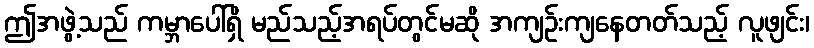
ဤအဖွဲ့သည် ကမ္ဘာပေါ်ရှိ မည်သည့်အရပ်တွင်မဆို အကျဉ်းကျနေတတ်သည့် လူဖျင်း၊